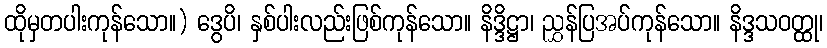
ထိုမှတပါးကုန်သော။) ဒွေပိ၊ နှစ်ပါးလည်းဖြစ်ကုန်သော။ နိဒ္ဒိဋ္ဌာ၊ ညွှန်ပြအပ်ကုန်သော။ နိဒ္ဒသဝတ္ထု၊